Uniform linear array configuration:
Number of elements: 16
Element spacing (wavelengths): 0.25
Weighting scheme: exponential
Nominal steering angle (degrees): -60
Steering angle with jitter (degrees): -61.568
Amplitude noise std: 0.05
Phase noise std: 0.05

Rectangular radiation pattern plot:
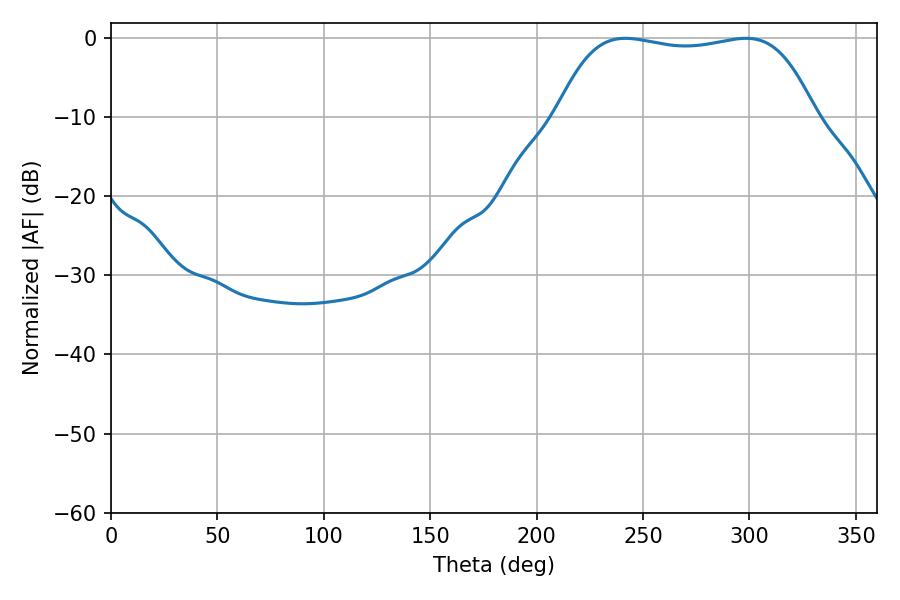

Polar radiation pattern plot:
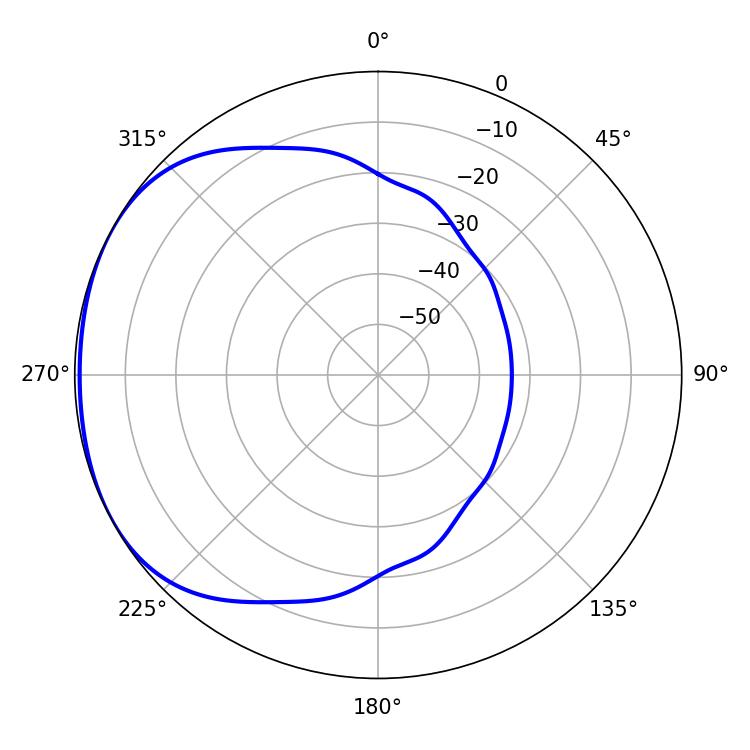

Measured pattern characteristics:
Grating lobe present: FALSE
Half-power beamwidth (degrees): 96.12
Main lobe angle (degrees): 241.74